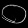
Digit: ၀